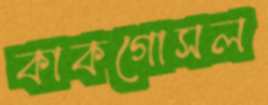
কাকগোসল